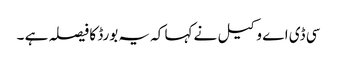
سی ڈی اے وکیل نے کہا کہ یہ بورڈ کا فیصلہ ہے ۔